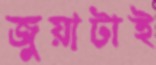
জুয়াটাই